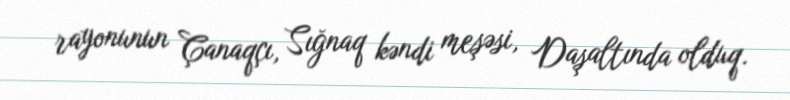
rayonunun Çanaqçı, Sığnaq kəndi meşəsi, Daşaltında olduq.